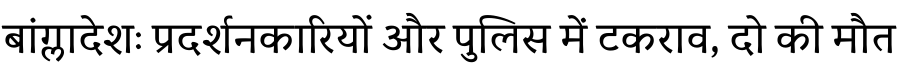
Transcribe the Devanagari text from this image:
बांग्लादेशः प्रदर्शनकारियों और पुलिस में टकराव, दो की मौत